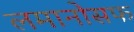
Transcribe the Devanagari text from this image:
लमानोसफ